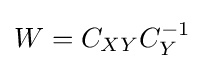
W=C_{XY}C_{Y}^{-1}